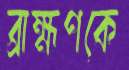
ব্রাহ্মণকে